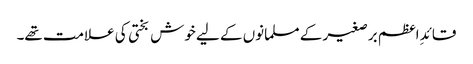
قائدِ اعظم برصغیر کے مسلمانوں کے لیے خوش بختی کی علامت تھے۔